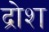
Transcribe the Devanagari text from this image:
द्रोश